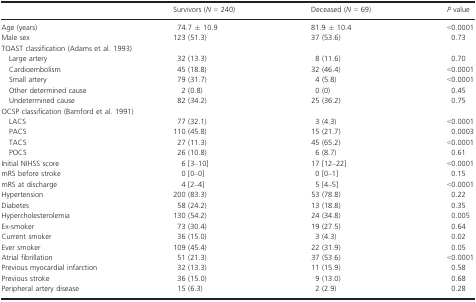
<table><thead><tr><td></td><td><b>Survivors (<i>N</i> = 240)</b></td><td><b>Deceased (<i>N</i> = 69)</b></td><td><b><i>P</i> value</b></td></tr></thead><tbody><tr><td>Age (years)</td><td>74.7 ± 10.9</td><td>81.9 ± 10.4</td><td>&lt;0.0001</td></tr><tr><td>Male sex</td><td>123 (51.3)</td><td>37 (53.6)</td><td>0.73</td></tr><tr><td colspan="4">TOAST classification (Adams et al. 1993)</td></tr><tr><td>Large artery</td><td>32 (13.3)</td><td>8 (11.6)</td><td>0.70</td></tr><tr><td>Cardioembolism</td><td>45 (18.8)</td><td>32 (46.4)</td><td>&lt;0.0001</td></tr><tr><td>Small artery</td><td>79 (31.7)</td><td>4 (5.8)</td><td>&lt;0.0001</td></tr><tr><td>Other determined cause</td><td>2 (0.8)</td><td>0 (0)</td><td>0.45</td></tr><tr><td>Undetermined cause</td><td>82 (34.2)</td><td>25 (36.2)</td><td>0.75</td></tr><tr><td colspan="4">OCSP classification (Bamford et al. 1991)</td></tr><tr><td>LACS</td><td>77 (32.1)</td><td>3 (4.3)</td><td>&lt;0.0001</td></tr><tr><td>PACS</td><td>110 (45.8)</td><td>15 (21.7)</td><td>0.0003</td></tr><tr><td>TACS</td><td>27 (11.3)</td><td>45 (65.2)</td><td>&lt;0.0001</td></tr><tr><td>POCS</td><td>26 (10.8)</td><td>6 (8.7)</td><td>0.61</td></tr><tr><td>Initial NIHSS score</td><td>6 [3–10]</td><td>17 [12–22]</td><td>&lt;0.0001</td></tr><tr><td>mRS before stroke</td><td>0 [0–0]</td><td>0 [0–1]</td><td>0.15</td></tr><tr><td>mRS at discharge</td><td>4 [2–4]</td><td>5 [4–5]</td><td>&lt;0.0001</td></tr><tr><td>Hypertension</td><td>200 (83.3)</td><td>53 (78.8)</td><td>0.22</td></tr><tr><td>Diabetes</td><td>58 (24.2)</td><td>13 (18.8)</td><td>0.35</td></tr><tr><td>Hypercholesterolemia</td><td>130 (54.2)</td><td>24 (34.8)</td><td>0.005</td></tr><tr><td>Ex‐smoker</td><td>73 (30.4)</td><td>19 (27.5)</td><td>0.64</td></tr><tr><td>Current smoker</td><td>36 (15.0)</td><td>3 (4.3)</td><td>0.02</td></tr><tr><td>Ever smoker</td><td>109 (45.4)</td><td>22 (31.9)</td><td>0.05</td></tr><tr><td>Atrial fibrillation</td><td>51 (21.3)</td><td>37 (53.6)</td><td>&lt;0.0001</td></tr><tr><td>Previous myocardial infarction</td><td>32 (13.3)</td><td>11 (15.9)</td><td>0.58</td></tr><tr><td>Previous stroke</td><td>36 (15.0)</td><td>9 (13.0)</td><td>0.68</td></tr><tr><td>Peripheral artery disease</td><td>15 (6.3)</td><td>2 (2.9)</td><td>0.28</td></tr></tbody></table>